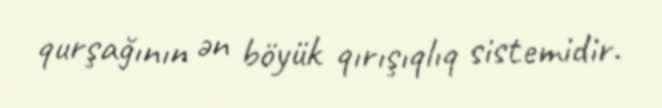
qurşağının ən böyük qırışıqlıq sistemidir.